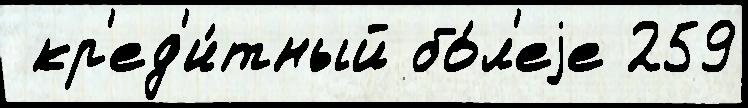
 кр'ед'и́тный бо́л'еjе 259